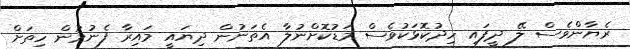
ރެޔާންވެސް ލޭ ދީފައި ހިދުކޮޅަކުވެސް މަޑުކޮށްނުލާ އެތަނުން ދިޔައީ މައިރާ ފެނުމުން ހިތަށް